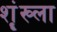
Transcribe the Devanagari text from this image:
शॄंख्ला